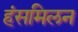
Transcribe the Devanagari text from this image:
हंसमिलन